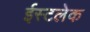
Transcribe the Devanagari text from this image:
ईस्टलेक